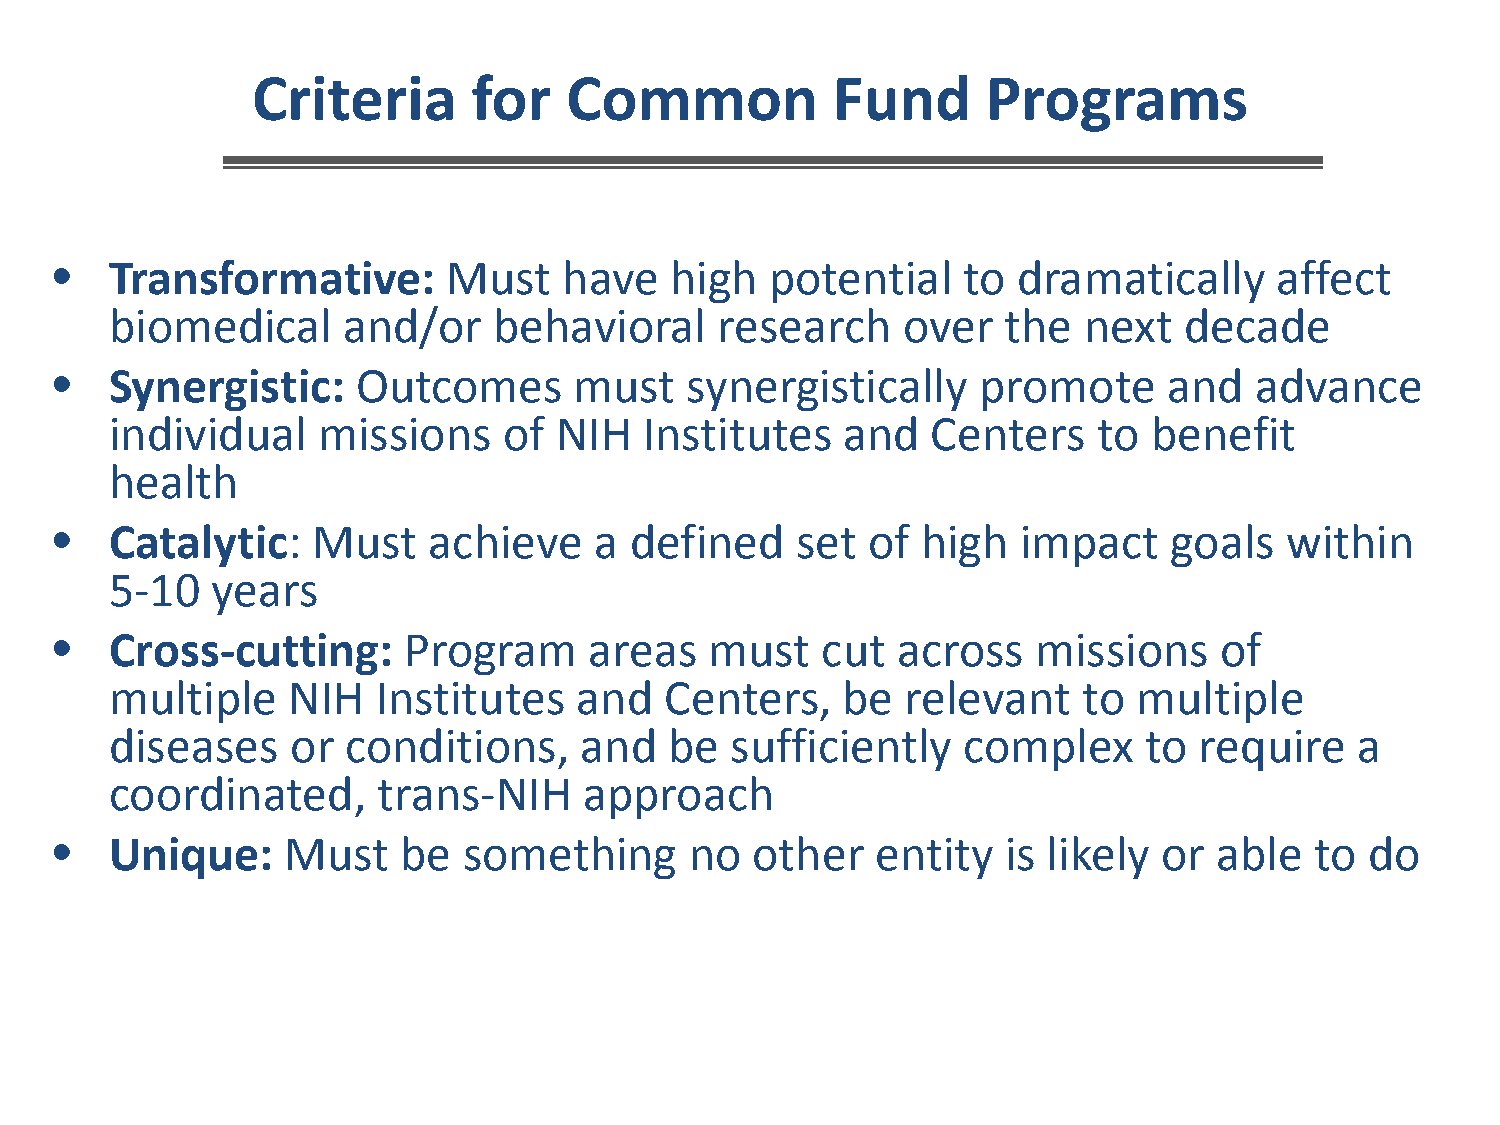
Criteria      for   Common            Fund      Programs
 •   Transformative:        Must   have   high   potential    to dramatically     affect
 biomedical      and/or    behavioral    research     over  the   next  decade
 •   Synergistic:     Outcomes      must   synergistically     promote     and   advance
 individual    missions    of  NIH   Institutes   and   Centers    to benefit
 health
 •   Catalytic:    Must   achieve    a  defined    set of  high  impact    goals   within
 5-10   years
 •   Cross-cutting:      Program     areas   must   cut  across    missions    of
 multiple    NIH   Institutes   and   Centers,    be  relevant    to multiple
 diseases    or  conditions,    and   be  sufficiently    complex     to require    a
 coordinated,      trans-NIH     approach
 •   Unique:     Must   be   something      no  other   entity   is likely or  able  to  do